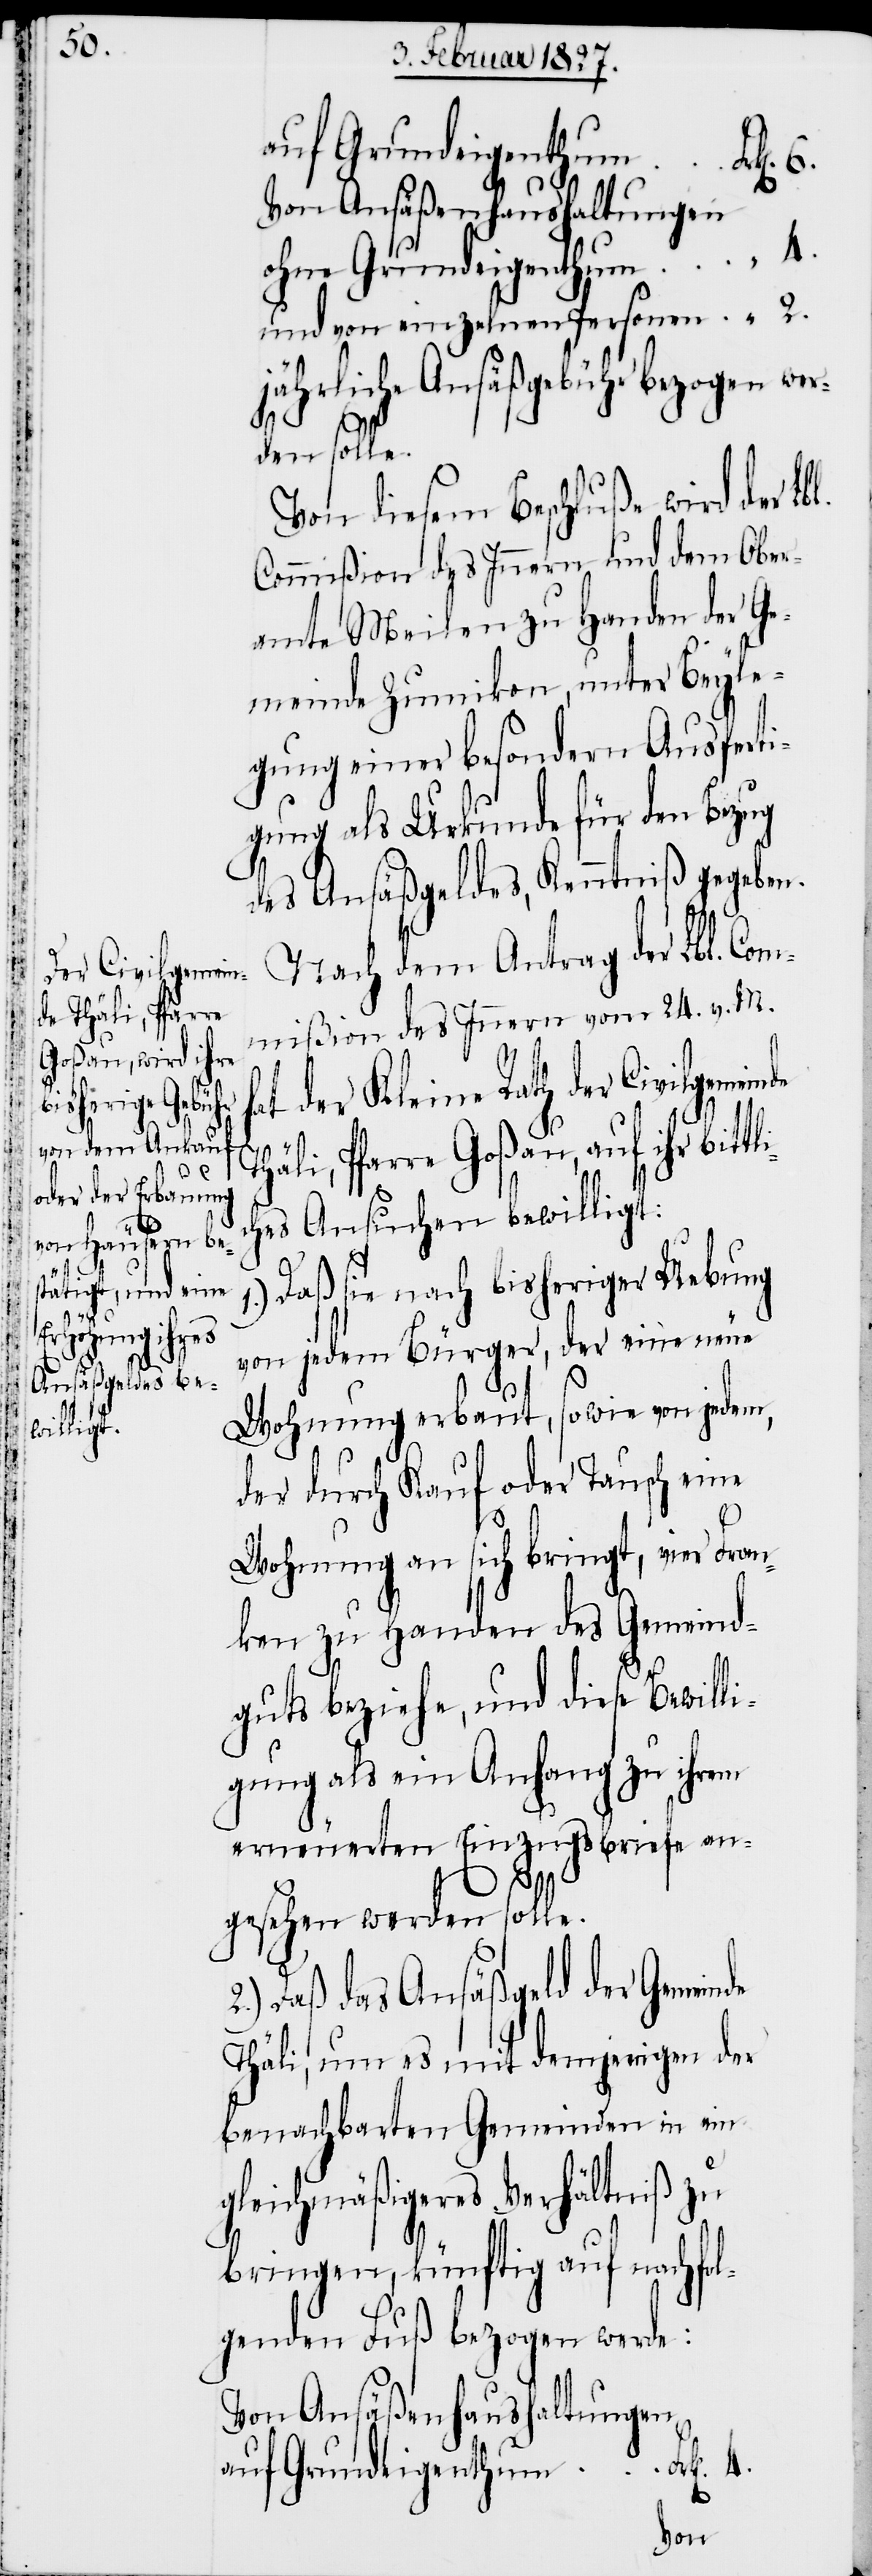
lic¬

T¬
2.

auf Grundeigenthum
6.
Von Ansäßenhaushaltungen
ohne Grundeigenthum	 “ 4.
und von einzelnen Personen
jährliche Ansäßgebühr bezogen wer¬
den solle.
Von diesem Beschluße wird der Lb¬
Commißion des Innern und dem Ober¬
amte Meilen zu Handen der Ge¬
meinde Zumikon, unter Beyle¬
gung einer besondern Ausferti¬
gung als Urkunde für den Bezug
des Ansäßgeldes, Kenntniß gegeben.
Nach dem Antrag der Lbl. Co¬
mmißion des Innern vom 24. v. M.
der Kleine Rath der Civilgemein¬
häli, Pfarre Goßau, auf ihr bitt¬
hes Ansuchen bewilligt:
Daß sie nach bisheriger Uebung
von jedem Bürger, der eine neue
Wohnung erbaut, sowie von jedem,
der durch Kauf oder Tausch eine
Wohnung an sich bringt, vier Fran¬
ken zu Handen des Gemeind¬
guts beziehe, und diese Bewilli¬
gung als ein Anhang zu ihrem
erneuerten Einzugsbriefe an¬
gesehen werden solle.
2.) Daß das Ansäßgeld der Gemeinde
Thäli, um es mit demjenigen der
benachbarten Gemeinden in ein
gleichmäßigeres Verhältniß zu
bringen, künftig auf nachfol¬
genden Fuß bezogen werde:
Von Ansäßenhaushaltungen
auf Grundeigenthum 	Frk[en].
4.